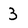
Character: 3